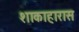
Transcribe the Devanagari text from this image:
शाकाहारास